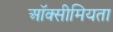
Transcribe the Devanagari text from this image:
ऑक्सीमियता